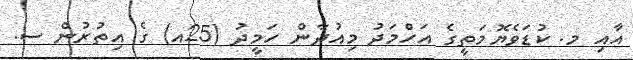
އާއި މ. ކުޑަވެޔޮމަތީގެ އަހްމަދު މިއުދާން ހަމީދު (25އ) ގެ އިތުރުން ސ.